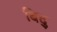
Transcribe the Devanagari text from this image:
बिदु